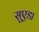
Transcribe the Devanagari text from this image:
सुएडा